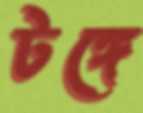
টঙ্গে